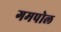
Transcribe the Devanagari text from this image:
गमपोल